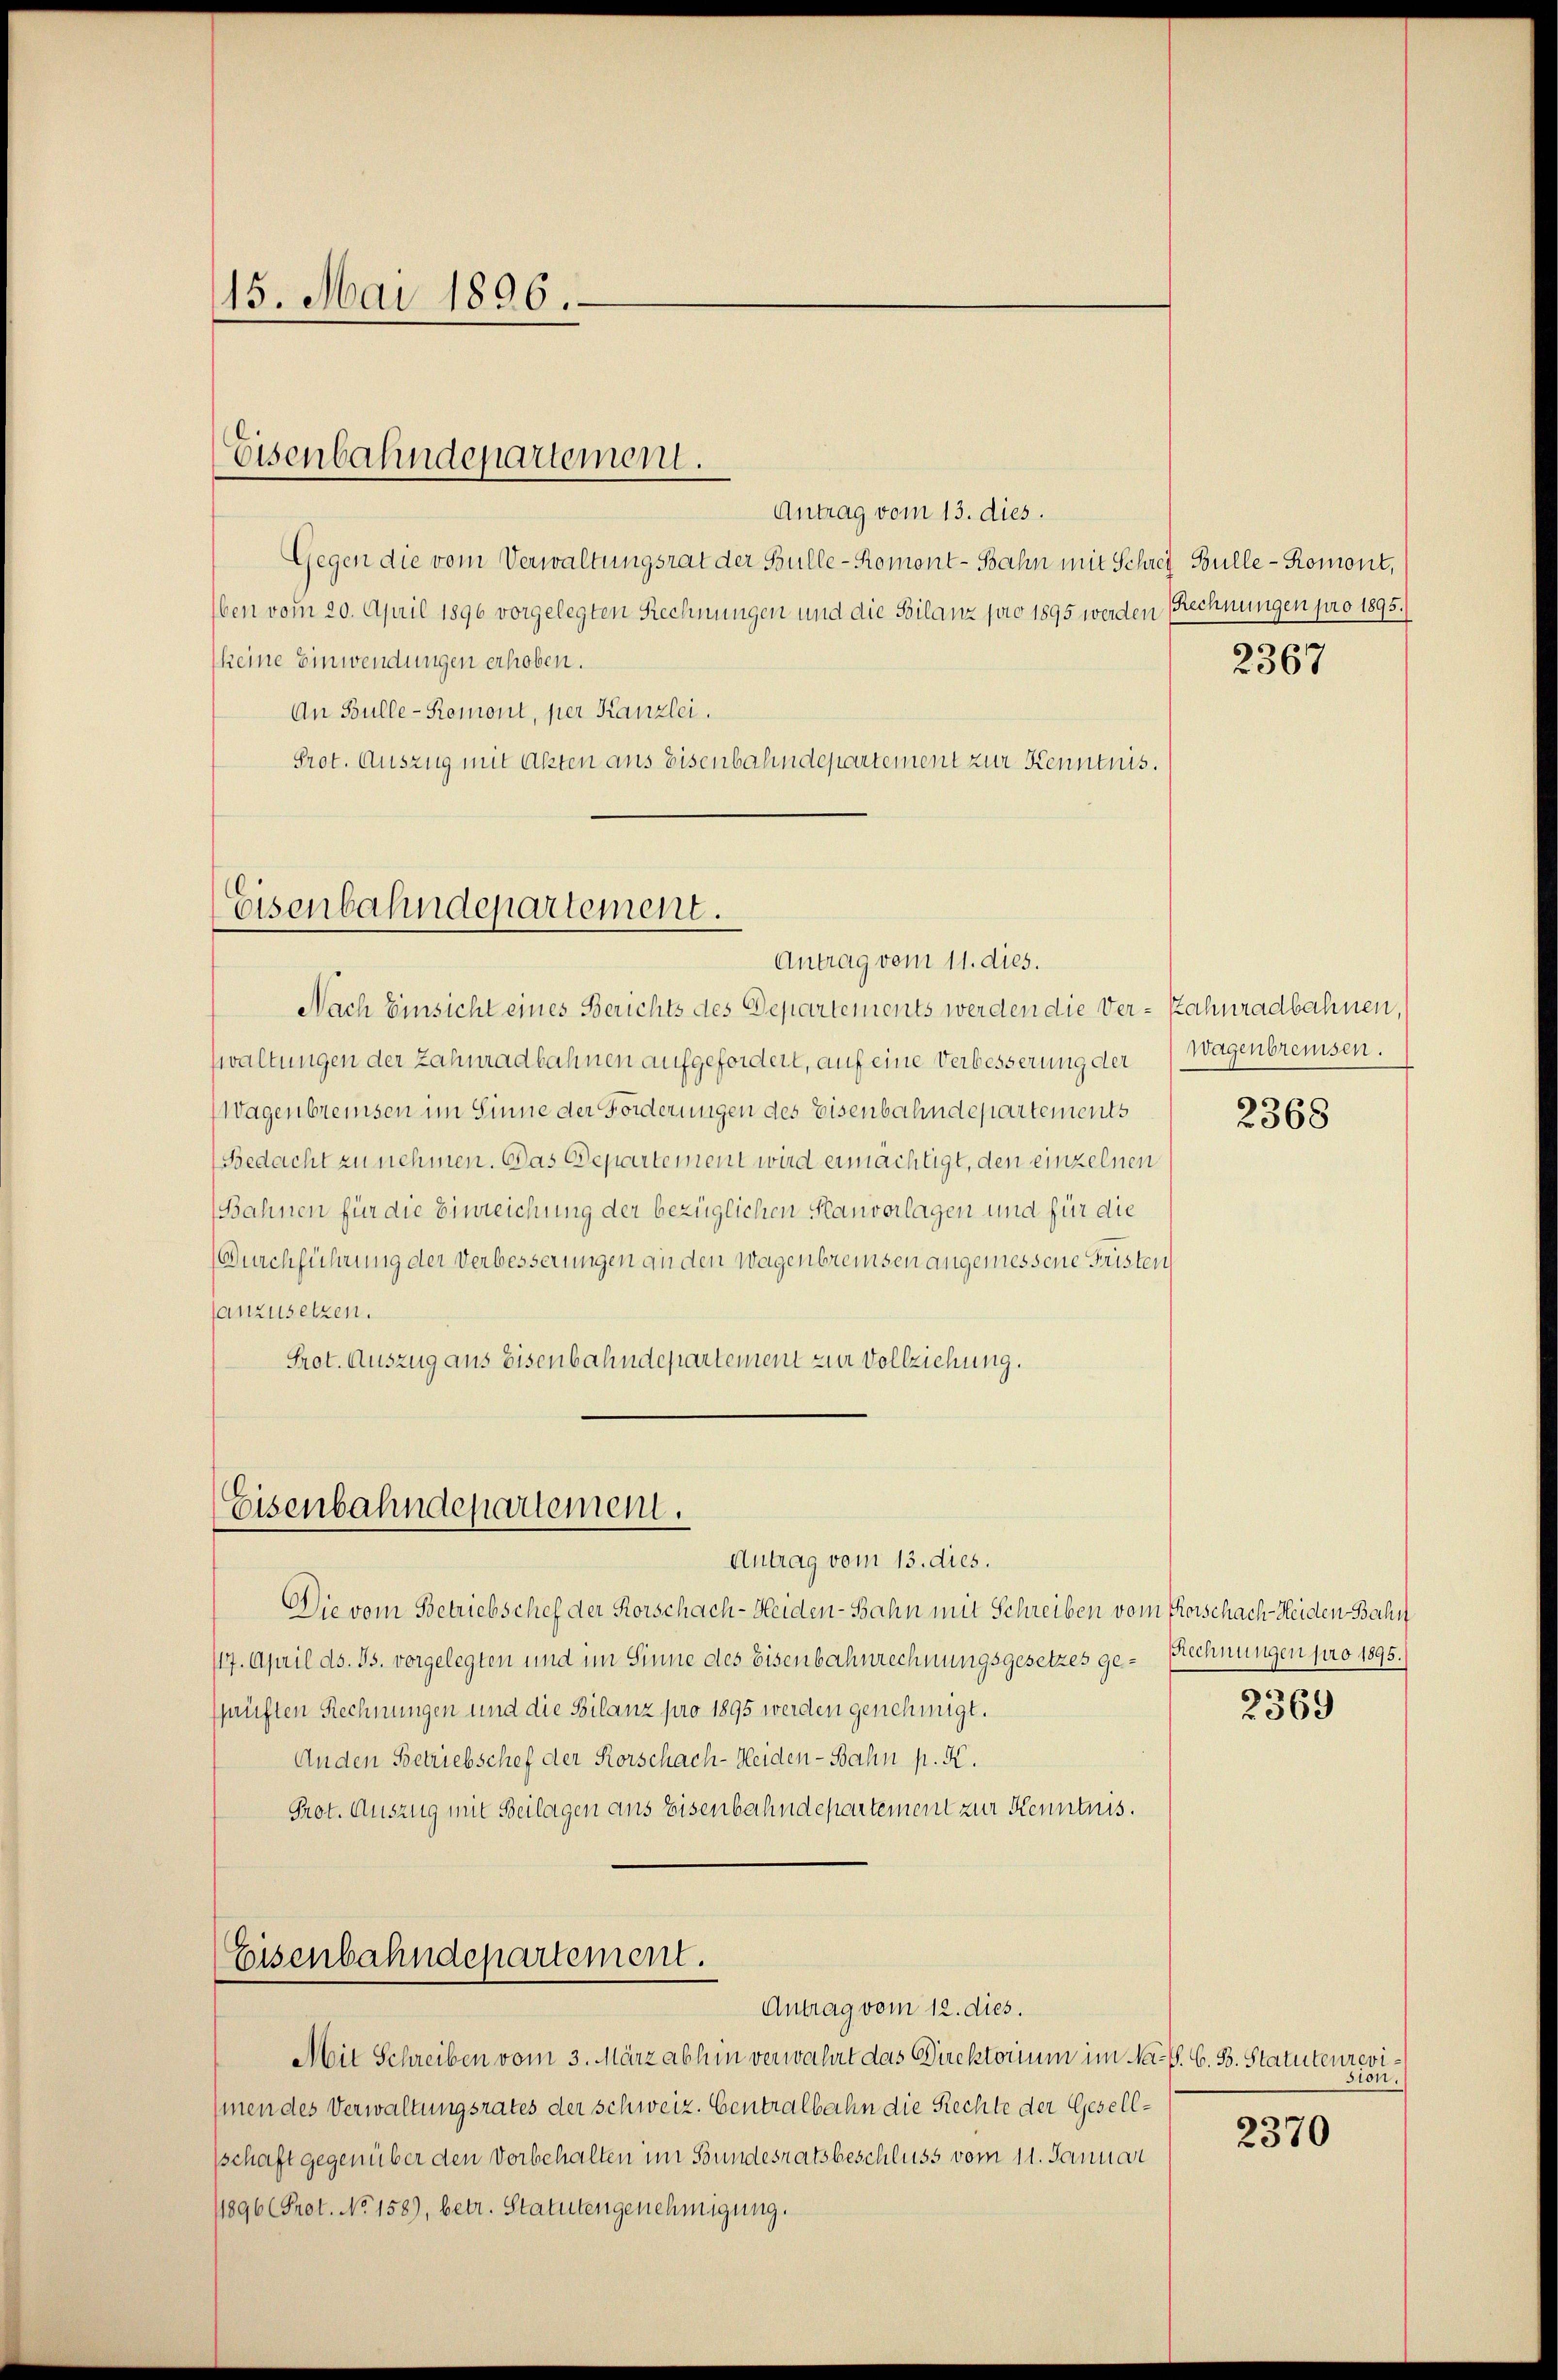
15. Mai 1896.

Antrag vom 13. dies.
Gegen die vom Verwaltungsrat der Bulle-Romont-Bahn mit Schrei Bulle - Romont,
ben vom 20. April 1896 vorgelegten Rechnungen und die Bilanz pro 1895 werden (Rechnungen pro 1895.
keine Einwendungen erhoben.
An Bulle-Remont, per Kanzlei.
Prot. Auszug mit Akten aus Eisenbahndepartement zur Kenntnis.

Nach Einsicht eines Berichts des Departements werden die Ver- Zahnradbahnen,
waltungen der Zahnradbahnen aufgefordert, auf eine Verbesserung der Wagenbreisen.
Wagenbreisen im Sinne der Forderungen des Eisenbahndepartements
Bedacht zu nehmen. Das Departement wird ermächtigt, den einzelnen
Bahnen für die Einreichung der bezüglichen Planvorlagen und für die
(Durchführung der Verbesserungen an den Wagenbreisen angemessene Fristen
anzusetzen.
Prot. Auszug aus Eisenbahndepartement zur Vollziehung.

Eisenbahndepartement.

Eisenbahndepartement.
Antrag vom 11. dies.

Eisenbahndepartement.
Antrag vom 13. dies.

Die vom Betriebschef der Korschach-Heiden-Bahn mit Schreiben vom Vorschach-Heiden Bahn
117. April ds. Js. vorgelegten und im Sinne des Eisenbahnrechnungsgesetzes ge- Rechnungen pro 1895.
püften Rechnungen und die Bilanz pro 1895 werden genehmigt.
Anden Betriebschef der Korschach-Heiden-Bahn p. K.
Prot. Auszug mit Beilagen ans Eisenbahndepartement zur Kenntnis.

Eisenbahndepartement.
Antrag vom 12. dies.

Mit Schreiben vom 3. März abhin verwahrt das Direktorium im Nach. G. B. Statuteurevimen des Verwaltungsrates der schweiz. Centralbahn die Rechte der Gesellschaft gegenüber den Vorbehalten im Bundesratsbeschluss vom 11. Januar
11896 (Prot. No 158), betr. Statutengenehmigung.

2367

2368

2369

sion.

2370